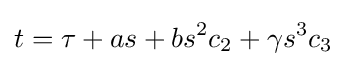
t=\tau +as+bs^{2}c_{2}+\gamma s^{3}c_{3}